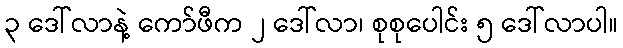
၃ ဒေါ်လာနဲ့ ကော်ဖီက ၂ ဒေါ်လာ၊ စုစုပေါင်း ၅ ဒေါ်လာပါ။